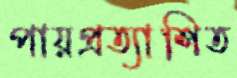
পায়প্রত্যাশিত